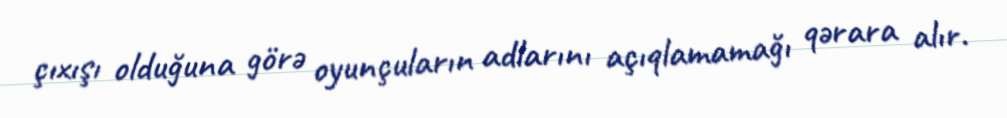
çıxışı olduğuna görə oyunçuların adlarını açıqlamamağı qərara alır.